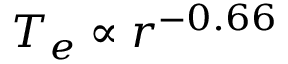
T _ { e } \propto r ^ { - 0 . 6 6 }